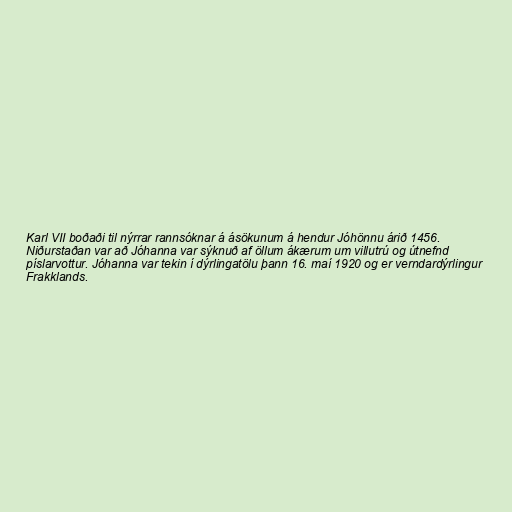
Karl VII boðaði til nýrrar rannsóknar á ásökunum á hendur Jóhönnu árið 1456.
Niðurstaðan var að Jóhanna var sýknuð af öllum ákærum um villutrú og útnefnd
píslarvottur. Jóhanna var tekin í dýrlingatölu þann 16. maí 1920 og er verndardýrlingur
Frakklands.